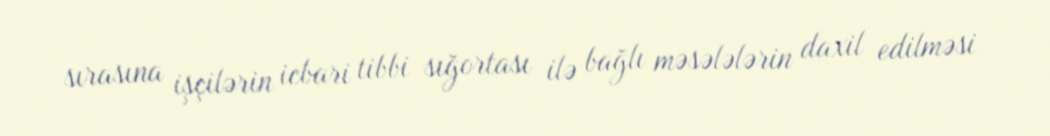
sırasına işçilərin icbari tibbi sığortası ilə bağlı məsələlərin daxil edilməsi